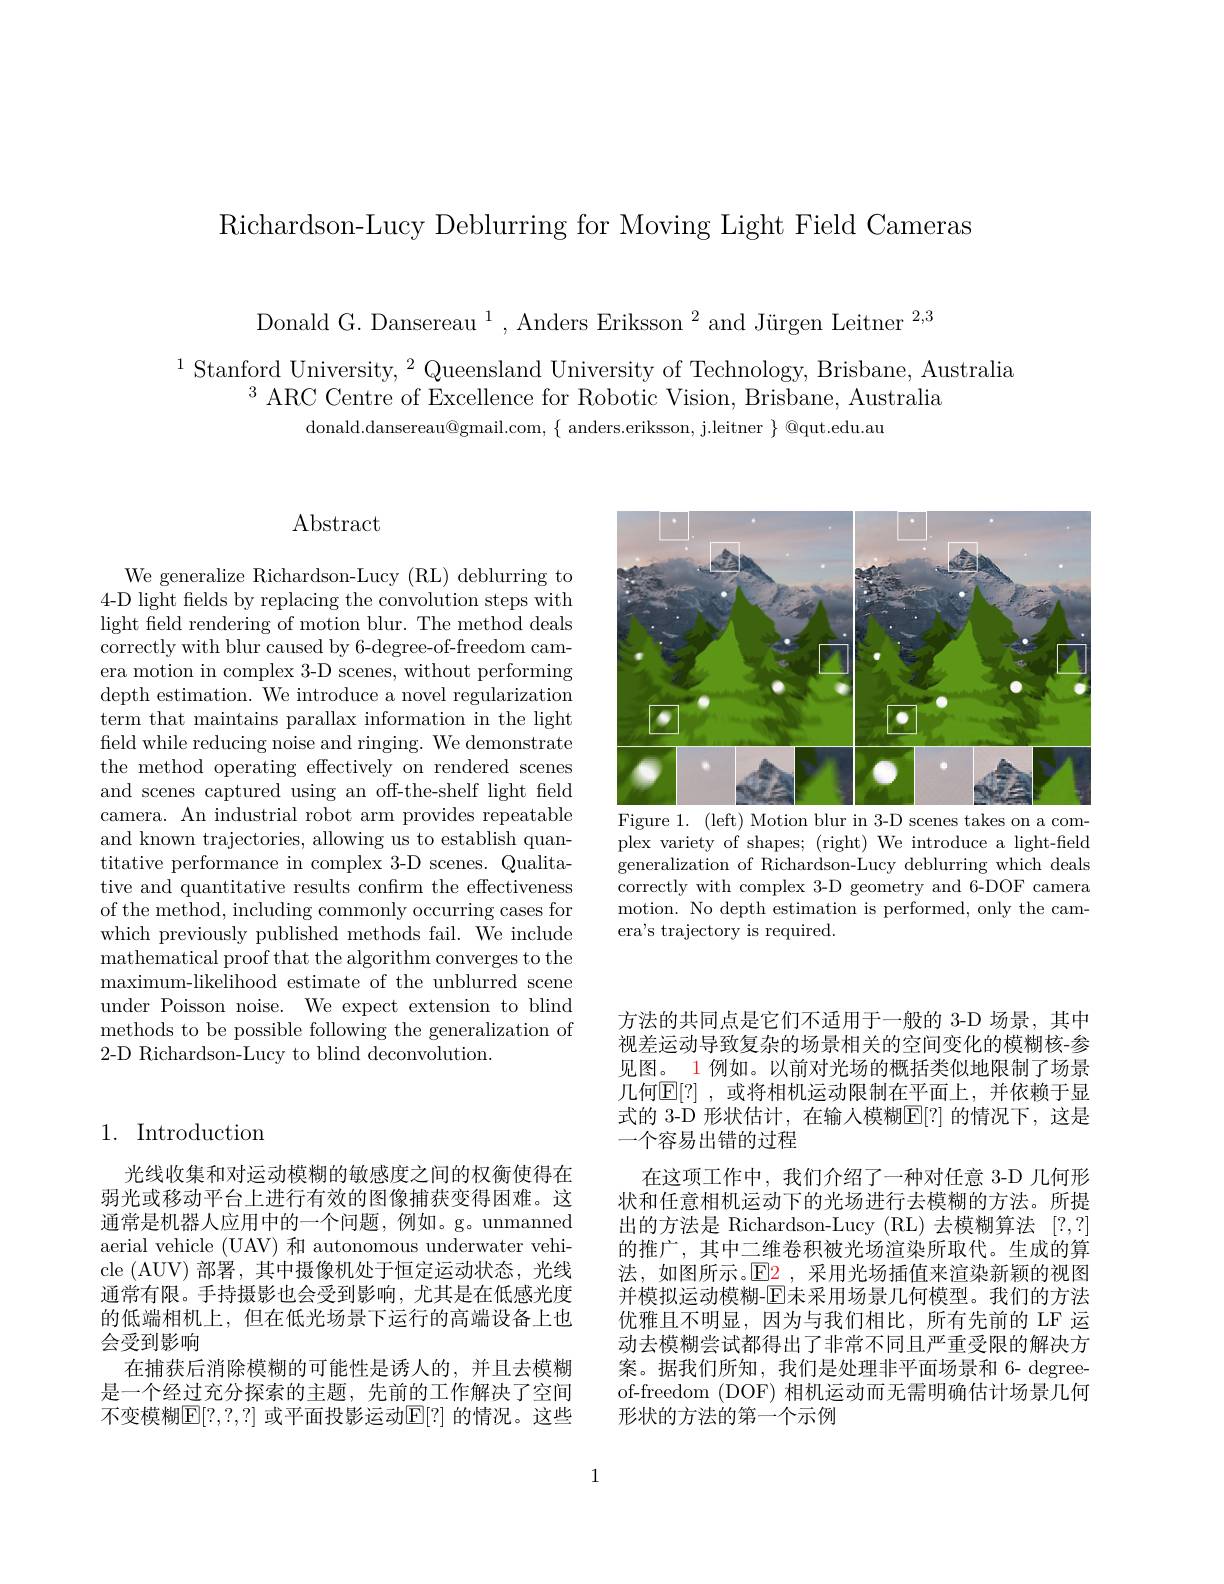
Richardson-Lucy Deblurring for Moving Light Field Cameras

Donald G. Dansereau $^1,\text{Anders Eriksson}^2$ and Jürgen Leitner $^2,3$
$^{1}$Stanford University,$^2$Queensland University of Technology, Brisbane, Australia
$^{3}$ ARC Centre of Excellence for Robotic Vision, Brisbane, Australia
$donald.dansereau@gmail.com,~\{~anders.eriksson,~j.leitner~\}~@qut.edu.au$

# $\operatorname{Abstract}$

We generalize Richardson-Lucy (RL) deblurring to 4-D light fields by replacing the convolution steps with light field rendering of motion blur. The method deals correctly with blur caused by 6-degree-of-freedom camera motion in complex 3-D scenes, without performing depth estimation. We introduce a novel regularization term that maintains parallax information in the light field while reducing noise and ringing. We demonstrate the method operating effectively on rendered scenes and scenes captured using an off-the-shelf light field camera. An industrial robot arm provides repeatable and known trajectories, allowing us to establish quantitative performance in complex 3-D scenes. Qualitative and quantitative results confirm the effectiveness of the method, including commonly occurring cases for which previously published methods fail. We include mathematical proof that the algorithm converges to the maximum-likelihood estimate of the unblurred scene under Poisson noise. We expect extension to blind methods to be possible following the generalization of 2-D Richardson-Lucy to blind deconvolution.

<FigureHere>
Figure 1. (left) Motion blur in 3-D scenes takes on a com-

plex variety of shapes; (right) We introduce a light-field generalization of Richardson-Lucy deblurring which deals correctly with complex 3-D geometry and 6-DOF camera motion. No depth estimation is performed, only the camera's trajectory is required.

## 1. Introduction

光线收集和对运动模糊的敏感度之间的权衡使得在弱光或移动平台上进行有效的图像捕获变得困难。这通常是机器人应用中的一个问题，例如。g。unmanned aerial vehicle (UAV) 和 autonomous underwater vehicle (AUV)部署，其中摄像机处于恒定运动状态，光线通常有限。手持摄影也会受到影响，尤其是在低感光度的低端相机上，但在低光场景下运行的高端设备上也会受到影响
在捕获后消除模糊的可能性是诱人的，并且去模糊是一个经过充分探索的主题，先前的工作解决了空间不变模糊$\mathbb{E}[?,?,?]$ 或平面投影运动$\mathbb{E}[?]$ 的情况。这些

方法的共同点是它们不适用于一般的 3-D 场景，其中视差运动导致复杂的场景相关的空间变化的模糊核-参见图。1 例如。以前对光场的概括类似地限制了场景几何$\mathbb{E}[?]$,或将相机运动限制在平面上，并依赖于显式的 3-D 形状估计，在输入模糊$\mathbb{E}[?]$ 的情况下，这是一个容易出错的过程
在这项工作中，我们介绍了一种对任意 3-D 几何形状和任意相机运动下的光场进行去模糊的方法。所提出的方法是 Richardson-Lucy (RL)去模糊算法 [?,?] 的推广，其中二维卷积被光场渲染所取代。生成的算法，如图所示。$\operatorname{E2}$ ,采用光场插值来渲染新颖的视图并模拟运动模糊-$\overline{\mathrm{E}}$未采用场景几何模型。我们的方法优雅且不明显，因为与我们相比，所有先前的 LF 运动去模糊尝试都得出了非常不同且严重受限的解决方案。据我们所知，我们是处理非平面场景和 6- degreeof-freedom (DOF) 相机运动而无需明确估计场景几何形状的方法的第一个示例

1